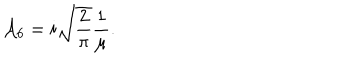
{ \cal A } _ { 6 } = i \sqrt { \frac { 2 } { \pi } } \frac { 1 } { \mu } .